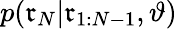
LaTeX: p(\mathfrak{r}_{N}|\mathfrak{r}_{1:N-1},\vartheta)